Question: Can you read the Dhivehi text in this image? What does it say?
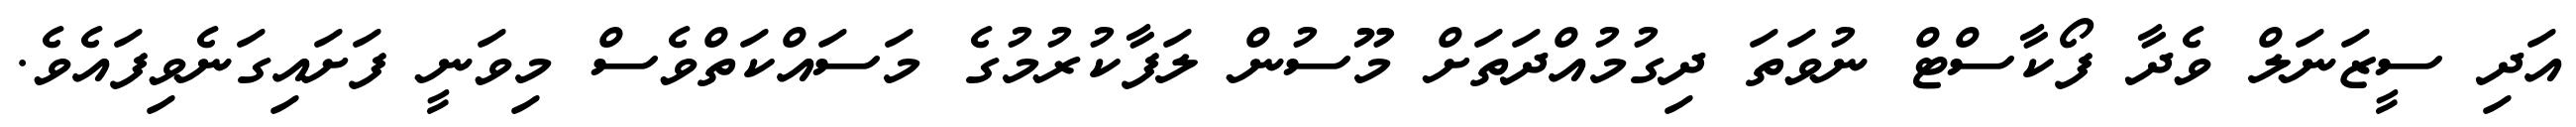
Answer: އަދި ސީޒަނަލް ވެދާ ފޯކާސްޓް ނުވަތަ ދިގުމުއްދަތަށް މޫސުން ލަފާކުރުމުގެ މަސައްކަތްވެސް މިވަނީ ފަށައިގަނެވިފައެވެ.